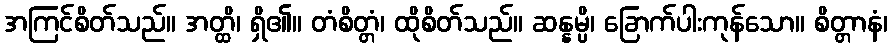
အကြင်စိတ်သည်။ အတ္ထိ၊ ရှိ၏။ တံစိတ္တံ၊ ထိုစိတ်သည်။ ဆန္နမ္ပိ၊ ခြောက်ပါးကုန်သော။ စိတ္တာနံ၊